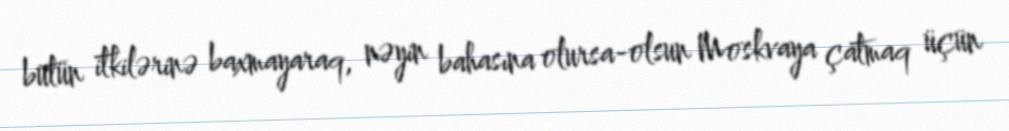
bütün itkilərinə baxmayaraq, nəyin bahasına olursa-olsun Moskvaya çatmaq üçün